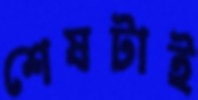
শেষটাই